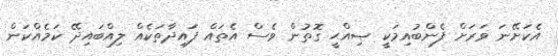
އެކަށޭނަ ވަރަށް ފެންބުއިމަކީ ޞިއްޙީ ގޮތުން ވެސް އެތައް ފައިދާތަކެއް ލިއްބައިދޭ ކަމެއްކަން